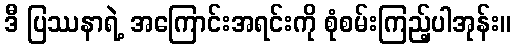
ဒီ ပြဿနာရဲ့ အကြောင်းအရင်းကို စုံစမ်းကြည့်ပါအုန်း။